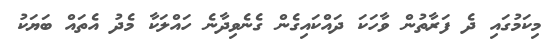
މިކަމުގައި ދެ ފަރާތުން ވާހަކަ ދައްކައިގެން ގެނެވިދާނެ ހައްލަކާ މެދު އެތައް ބަޔަކު